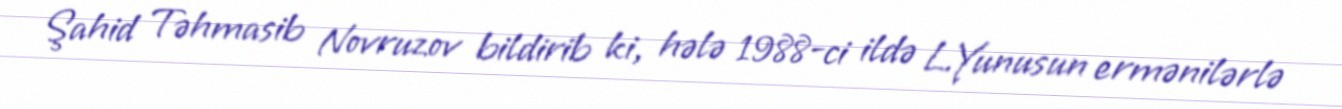
Şahid Təhmasib Novruzov bildirib ki, hələ 1988-ci ildə L.Yunusun ermənilərlə